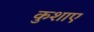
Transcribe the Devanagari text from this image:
कुशाए